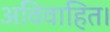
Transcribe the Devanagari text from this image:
अविवाहित।